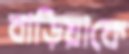
বাড়িয়াকে